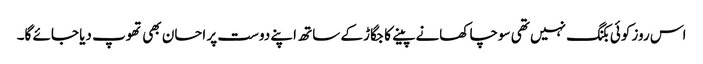
اس روز کوئی بکنگ نہیں تھی سوچا کھانے پینے کا جگاڑ کے ساتھ اپنے دوست پر احسان بھی تھوپ دیا جائے گا۔